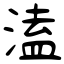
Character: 溘